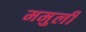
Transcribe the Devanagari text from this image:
ममुली